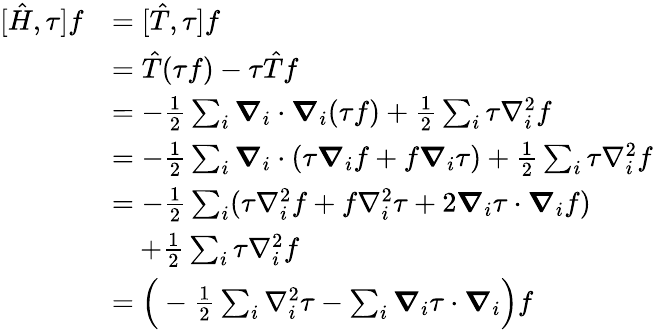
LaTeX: \begin{array}{rl}{[\hat{H},\tau]f}&{=[\hat{T},\tau]f}\\ &{=\hat{T}(\tau f)-\tau\hat{T}f}\\ &{=-\frac{1}{2}\sum_{i}\boldsymbol{\nabla}_{i}\cdot\boldsymbol{\nabla}_{i}(\tau f)+\frac{1}{2}\sum_{i}\tau\nabla_{i}^{2}f}\\ &{=-\frac{1}{2}\sum_{i}\boldsymbol{\nabla}_{i}\cdot(\tau\boldsymbol{\nabla}_{i}f+f\boldsymbol{\nabla}_{i}\tau)+\frac{1}{2}\sum_{i}\tau\nabla_{i}^{2}f}\\ &{=-\frac{1}{2}\sum_{i}(\tau\nabla_{i}^{2}f+f\nabla_{i}^{2}\tau+2\boldsymbol{\nabla}_{i}\tau\cdot\boldsymbol{\nabla}_{i}f)}\\ &{\quad+\frac{1}{2}\sum_{i}\tau\nabla_{i}^{2}f}\\ &{=\Big(-\frac{1}{2}\sum_{i}\nabla_{i}^{2}\tau-\sum_{i}\boldsymbol{\nabla}_{i}\tau\cdot\boldsymbol{\nabla}_{i}\Big)f}\end{array}